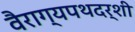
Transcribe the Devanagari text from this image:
वैराग्यपथदर्शी